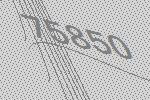
75850